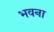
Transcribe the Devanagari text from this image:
भवना